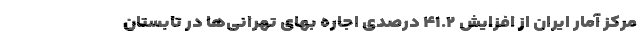
مرکز آمار ایران از افزایش ۴۱.۲ درصدی اجاره بهای تهرانی‌ها در تابستان